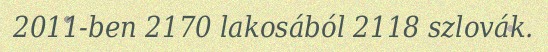
2011-ben 2170 lakosából 2118 szlovák.